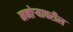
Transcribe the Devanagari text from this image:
मनोऱ्यावरील